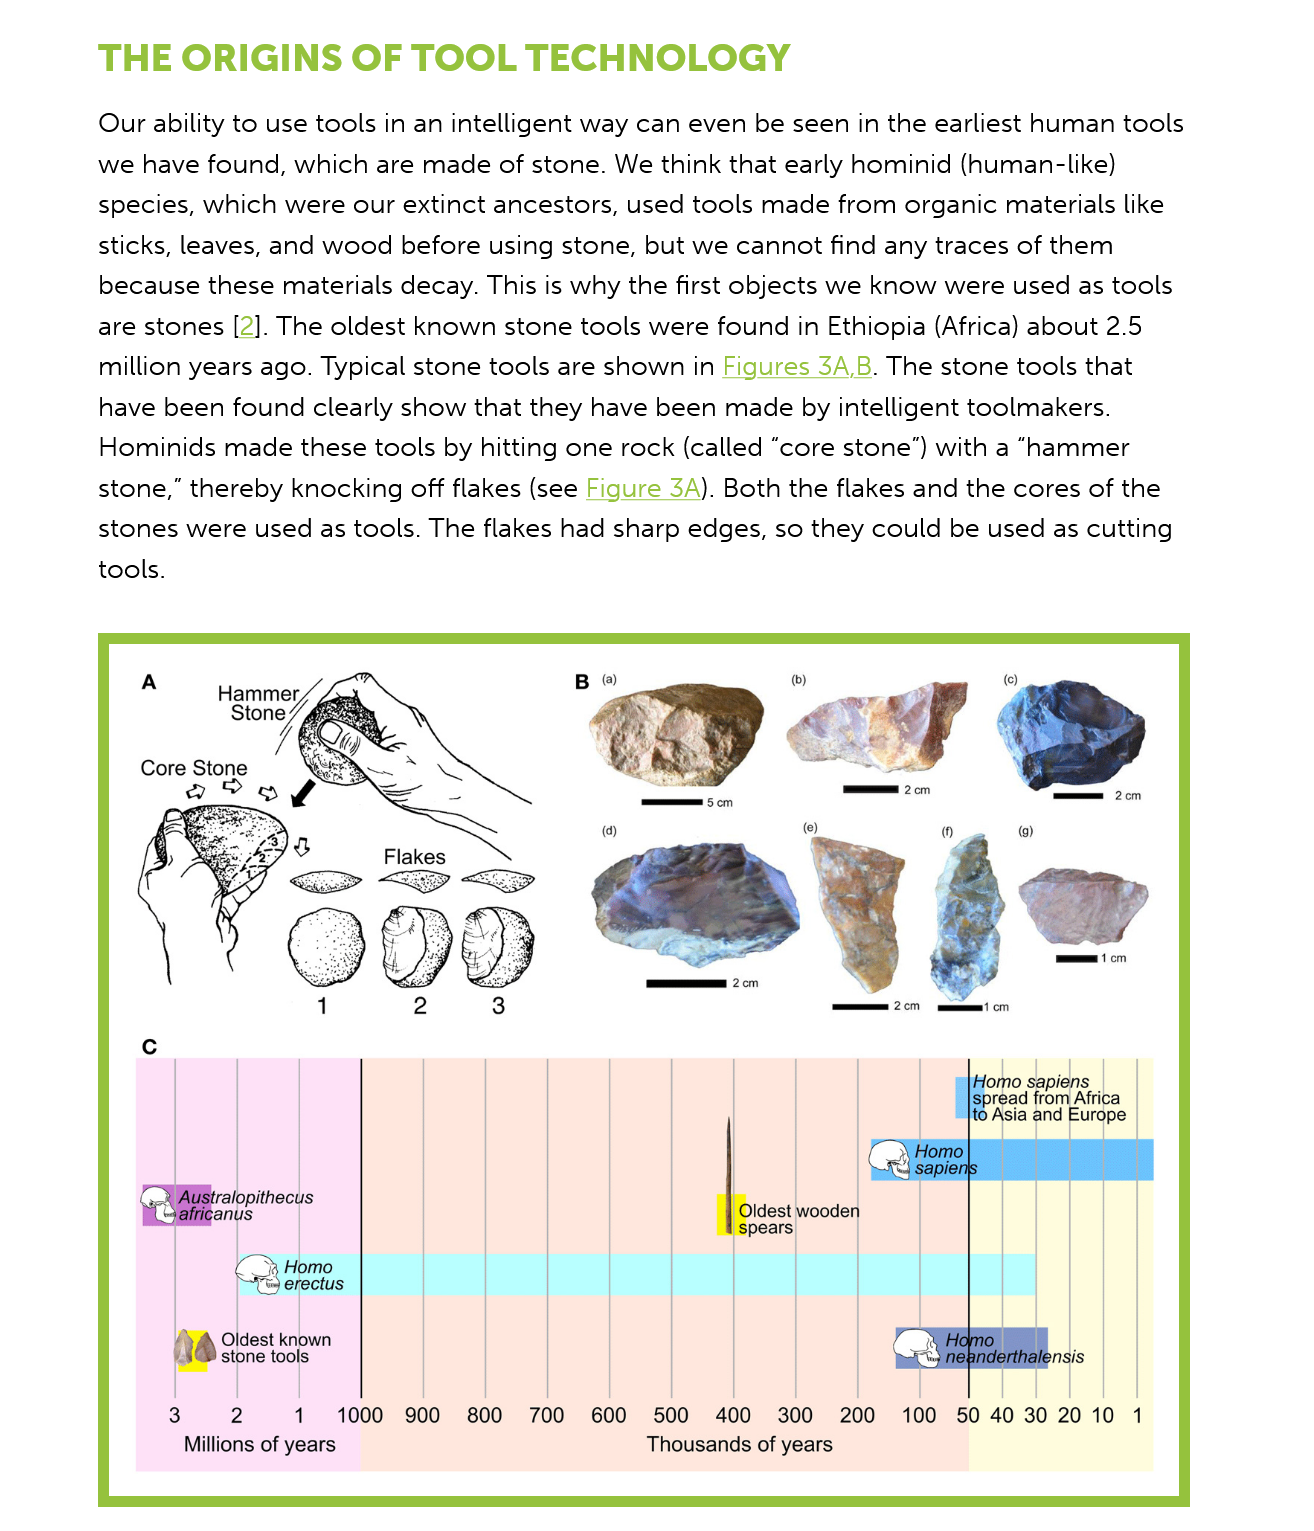
THE   ORIGINS    OF  TOOL    TECHNOLOGY
     Our ability to use tools in an intelligent way can even be seen in the earliest human tools
     we  have found, which are made of stone. We think that early hominid (human-like)
     species, which were our extinct ancestors, used tools made from organic materials like
     sticks, leaves, and wood before using stone, but we cannot find any traces of them
     because these materials decay. This is why the first objects we know were used as tools
     are stones [2]. The oldest known stone tools were found in Ethiopia (Africa) about 2.5
     million years ago. Typical stone tools are shown in Figures 3A,B. The stone tools that
     have been found clearly show that they have been made by intelligent toolmakers.
     Hominids made these tools by hitting one rock (called “core stone”) with a “hammer

     stone,” thereby knocking off flakes (see Figure 3A). Both the flakes and the cores of the
     stones were used as tools. The flakes had sharp edges, so they could be used as cutting
     tools.

     7
     Hammer,
     Stone